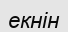
екнін